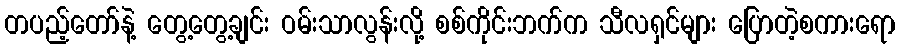
တပည့်တော်နဲ့ တွေ့တွေ့ချင်း ဝမ်းသာလွန်းလို့ စစ်ကိုင်းဘက်က သီလရှင်များ ပြောတဲ့စကားရော